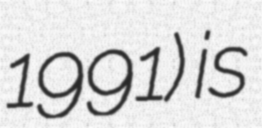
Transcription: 1991) is